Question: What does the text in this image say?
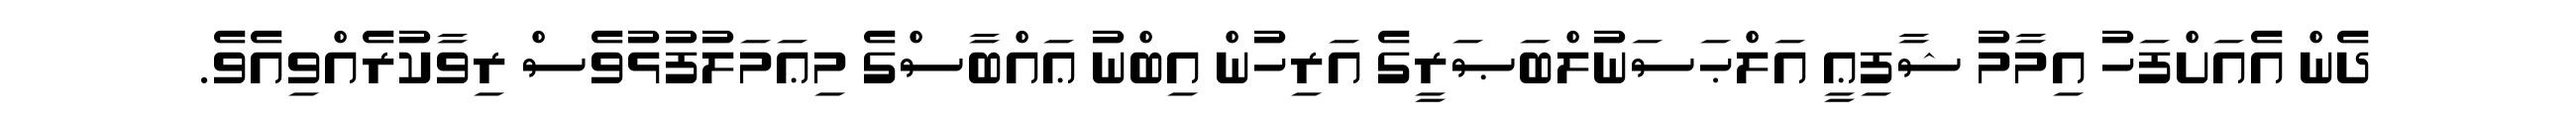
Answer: ދެން އެއަށްފަހު އިމާމު ޝާފިޢީ އަލްޙަސަނުލްބަޞަރީގެ އަރިހުން އިބްނު ޢައްބާސްގެ މިޢަމަލުފުޅުވެސް ރިވާކުރެއްވިއެވެ.